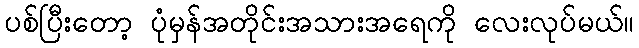
ပစ်ပြီးတော့ ပုံမှန်အတိုင်းအသားအရေကို လေးလုပ်မယ်။